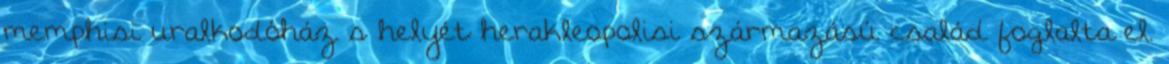
memphisi uralkodóház s helyét herakleopolisi származású család foglalta el.